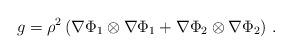
LaTeX: \begin{align*} g = \rho^2\left(\nabla\Phi_1\otimes\nabla\Phi_1+\nabla\Phi_2\otimes\nabla\Phi_2\right)\, . \end{align*}